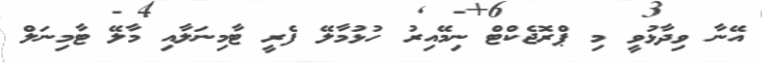
އޭނާ ވިދާޅުވީ މި ޕްރޮޖެކްޓް ނިމޭއިރު ހުޅުމާލޭ ފެރީ ޓާމިނަލާއި މާލޭ ޓާމިނަލް